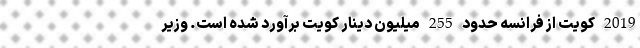
2019 کویت از فرانسه حدود 255 میلیون دینار کویت برآورد شده است. وزیر